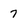
Character: 7